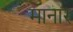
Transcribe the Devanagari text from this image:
मानार